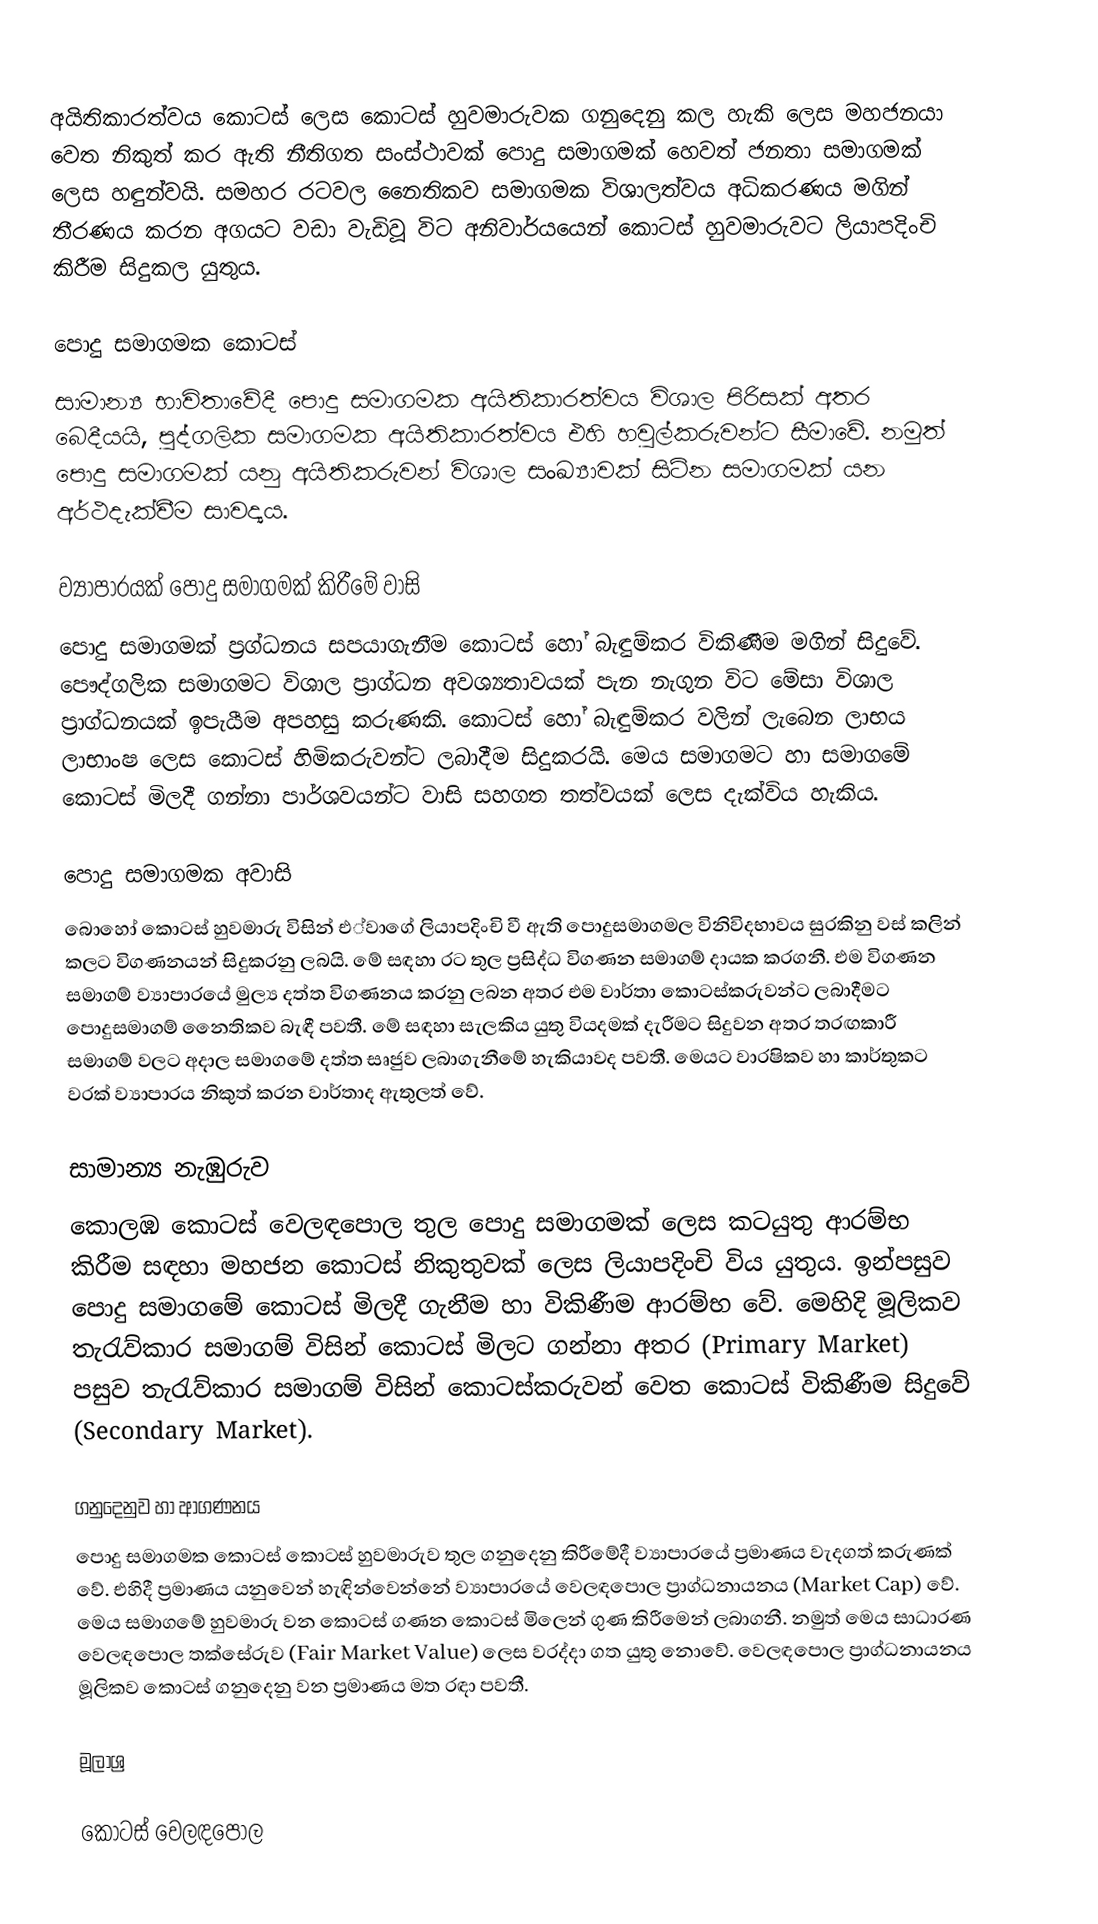
අයිතිකාරත්වය කොටස් ලෙස කොටස් හුවමාරුවක ගනුදෙනු කල හැකි ලෙස මහජනයා වෙත නිකුත් කර ඇති නීතිගත සංස්ථාවක් පොදු සමාගමක් හෙවත් ජනතා සමාගමක්  ලෙස හඳුන්වයි. සමහර රටවල නෛතිකව සමාගමක විශාලත්වය අධිකරණය මගින් තීරණය කරන අගයට වඩා වැඩිවූ විට අනිවාර්යයෙන් කොටස් හුවමාරුවට ලියාපදිංචි කිරීම සිදුකල යුතුය.

පොදු සමාගමක කොටස්
සාමාන්‍ය භාවිතාවේදී පොදු සමාගමක අයිතිකාරත්වය විශාල පිරිසක් අතර බෙදීයයි, පුද්ගලික සමාගමක අයිතිකාරත්වය එහි හවුල්කරුවන්ට සීමාවේ. නමුත් පොදු සමාගමක් යනු අයිතිකරුවන් විශාල සංඛ්‍යාවක් සිටින සමාගමක් යන අර්ථදැක්වීම සාවද්‍යය.

ව්‍යාපාරයක් පොදු සමාගමක් කිරීමේ වාසි
පොදු සමාගමක් ප්‍රග්ධනය සපයාගැනීම කොටස් හෝ බැඳුම්කර විකිණීම මගින් සිදුවේ. පෞද්ගලික සමාගමට විශාල ප්‍රාග්ධන අවශ්‍යතාවයක් පැන නැගුන විට මේසා විශාල ප්‍රාග්ධනයක් ඉපැයීම අපහසු කරුණකි.  කොටස් හෝ බැඳුම්කර වලින් ලැබෙන ලාභය ලාභාංෂ ලෙස කොටස් හිමිකරුවන්ට ලබාදීම සිදුකරයි. මෙය සමාගමට හා සමාගමේ කොටස් මිලදී ගන්නා පාර්ශවයන්ට වාසි සහගත තත්වයක් ලෙස දැක්විය හැකිය.

පොදු සමාගමක අවාසි
බොහෝ කොටස් හුවමාරු විසින් එ්වාගේ ලියාපදිංචි වී ඇති පොදුසමාගමල විනිවිදභාවය සුරකිනු වස් කලින් කලට විගණනයන් සිදුකරනු ලබයි. මේ සඳහා රට තුල ප්‍රසිද්ධ විගණන සමාගම් දායක කරගනී. එම විගණන සමාගම් ව්‍යාපාරයේ මුල්‍ය දත්ත විගණනය කරනු ලබන අතර එම වාර්තා කොටස්කරුවන්ට ලබාදීමට පොදුසමාගම් නෛතිකව බැඳී පවතී. මේ සඳහා සැලකිය යුතු වියදමක් දැරීමට සිදුවන අතර තරඟකාරී සමාගම් වලට අදාල සමාගමේ දත්ත සෘජුව ලබාගැනීමේ හැකියාවද පවතී. මෙයට වාරෂිකව හා කාර්තුකට වරක් ව්‍යාපාරය නිකුත් කරන වාර්තාද ඇතුලත් වේ.

සාමාන්‍ය නැඹුරුව
කොලඹ කොටස් වෙලඳපොල තුල පොදු සමාගමක් ලෙස කටයුතු ආරම්භ කිරීම සඳහා මහජන කොටස් නිකුතුවක් ලෙස ලියාපදිංචි විය යුතුය. ඉන්පසුව පොදු සමාගමේ කොටස් මිලදී ගැනීම හා විකිණීම ආරම්භ වේ. මෙහිදි මූලිකව තැරැව්කාර සමාගම් විසින් කොටස් මිලට ගන්නා අතර (Primary Market) පසුව තැරැව්කාර සමාගම් විසින් කොටස්කරුවන් වෙත කොටස් විකිණීම සිදුවේ (Secondary Market).

ගනුදෙනුව හා ආගණනය
පොදු සමාගමක කොටස් කොටස් හුවමාරුව තුල ගනුදෙනු කිරීමේදී ව්‍යාපාරයේ ප්‍රමාණය වැදගත් කරුණක් වේ. එහිදී ප්‍රමාණය යනුවෙන් හැඳින්වෙන්නේ ව්‍යාපාරයේ වෙලඳපොල ප්‍රාග්ධනායනය (Market Cap) වේ. මෙය සමාගමේ හුවමාරු වන කොටස් ගණන කොටස් මිලෙන් ගුණ කිරීමෙන් ලබාගනී. නමුත් මෙය සාධාරණ වෙලඳපොල තක්සේරුව (Fair Market Value) ලෙස වරද්දා ගත යුතු නොවේ. වෙලඳපොල ප්‍රාග්ධනායනය මූලිකව කොටස් ගනුදෙනු වන ප්‍රමාණය මත රඳා පවතී.

මූලාශ්‍ර

කොටස් වෙලඳපොල